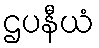
ဌပနီယံ